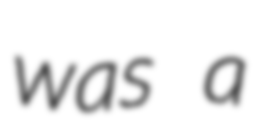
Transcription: was a